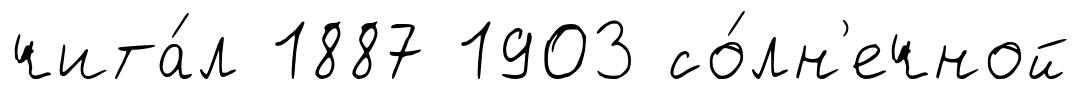
чита́л 1887 1903 со́лн'ечной